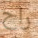
راح